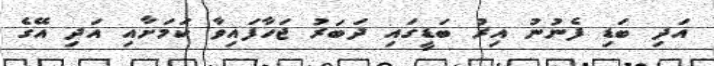
އަދި ބަޑި ފެނުނު އިރު ބަޑީގައި ދަބަރު ޖަހާފައިވާ ކަމަށާއި އަދި އޭގެ